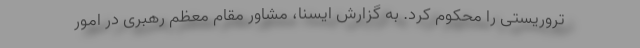
تروریستی را محکوم کرد. به گزارش ایسنا، مشاور مقام معظم رهبری در امور